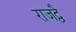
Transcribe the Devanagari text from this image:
राजद्वै